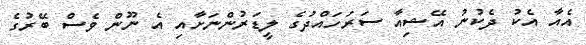
އެއާ އެކު ދެކުނު އޭޝިއާ ސަރަހައްދުގެ ލީޑަރުންނަށާއި އެ ނޫން ވެސް ބޭރުގެ